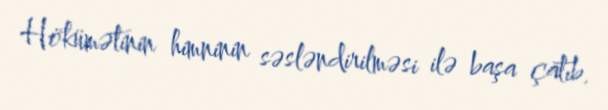
Hökümətinin himninin səsləndirilməsi ilə başa çatıb.